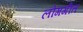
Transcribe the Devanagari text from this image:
लोगगीत